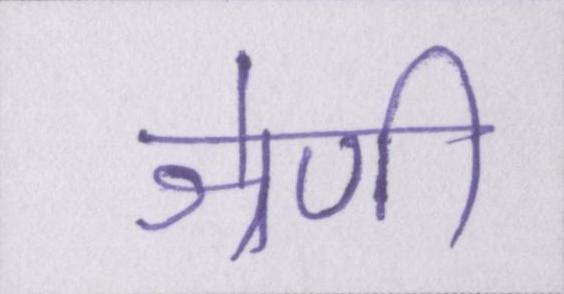
श्रेणी